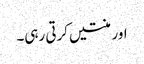
اور منتیں کرتی رہی۔